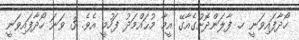
ހޯދާފައިވަނީ ހ. ފާލަންދޮށުގެއާގޭ އީމާ މުޙައްމަދު ފަހުމީ އެވެ. 3 ވަނަ ހޯދާފައިވަނީ